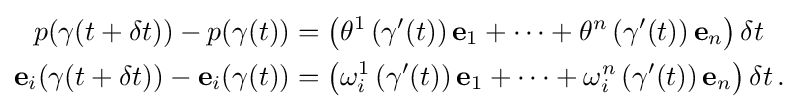
{\begin{aligned}p(\gamma (t+\delta t))-p(\gamma (t))&=\left(\theta ^{1}\left(\gamma '(t)\right)\mathbf {e} _{1}+\cdots +\theta ^{n}\left(\gamma '(t)\right)\mathbf {e} _{n}\right)\mathrm {\delta } t\\\mathbf {e} _{i}(\gamma (t+\delta t))-\mathbf {e} _{i}(\gamma (t))&=\left(\omega _{i}^{1}\left(\gamma '(t)\right)\mathbf {e} _{1}+\cdots +\omega _{i}^{n}\left(\gamma '(t)\right)\mathbf {e} _{n}\right)\delta t\,.\end{aligned}}